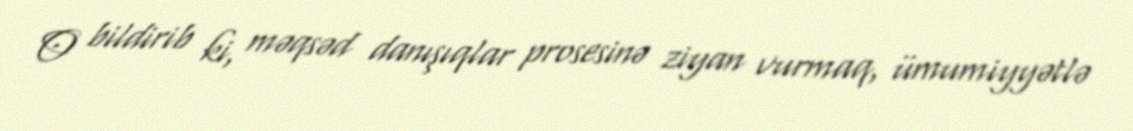
O bildirib ki, məqsəd danışıqlar prosesinə ziyan vurmaq, ümumiyyətlə